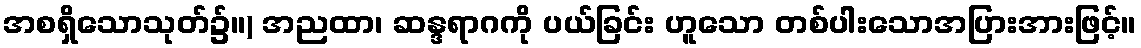
အစရှိသောသုတ်၌။) အညထာ၊ ဆန္ဒရာဂကို ပယ်ခြင်း ဟူသော တစ်ပါးသောအပြားအားဖြင့်။